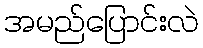
အမည်ပြောင်းလဲ